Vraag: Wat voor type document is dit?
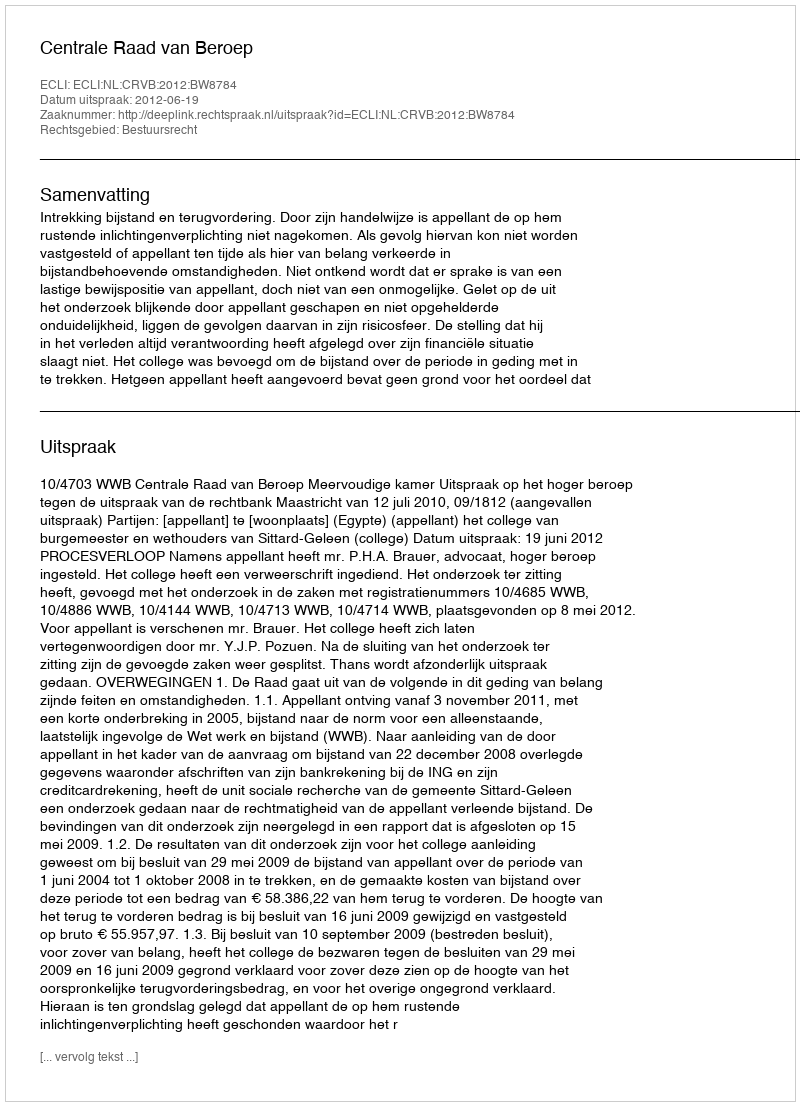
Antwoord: Uitspraak